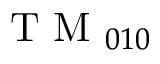
\mathrm { ~ T ~ M ~ } _ { 0 1 0 }